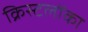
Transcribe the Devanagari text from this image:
क्रिस्टलोंका